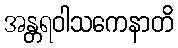
အန္တရဝါသကေနာတိ